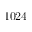
1 0 2 4